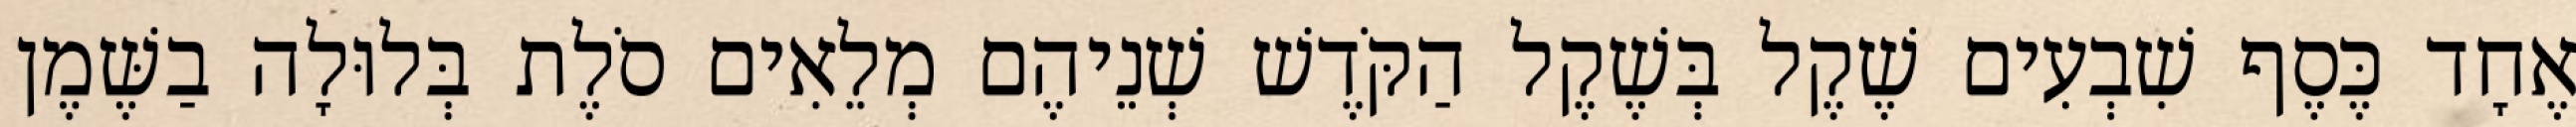
אֶחָד כֶּסֶף שִׁבְעִים שֶׁקֶל בְּשֶׁקֶל הַקֹּדֶשׁ שְׁנֵיהֶם מְלֵאִים סֹלֶת בְּלוּלָה בַשֶּׁמֶן